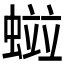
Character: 𧏑